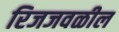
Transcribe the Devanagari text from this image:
रिजजवळील